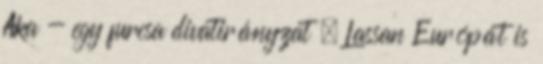
Aka - egy furcsa divatirányzat » Lassan Európát is